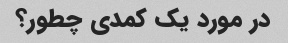
در مورد یک کمدی چطور؟